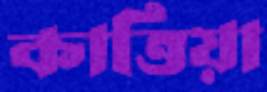
কাত্তিয়া